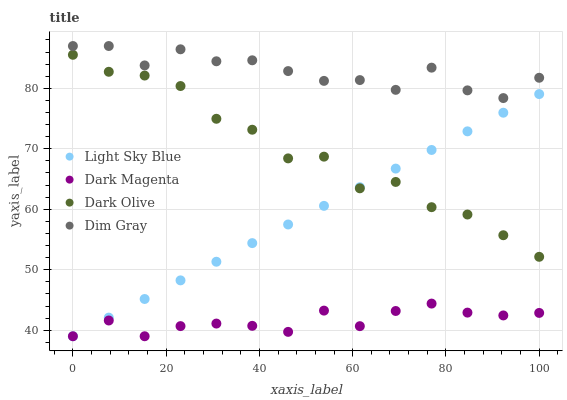
| xaxis_label | Light Sky Blue | Dark Magenta | Dark Olive | Dim Gray |
 | --- | --- | --- | --- | --- |
 | 0 | 39 | 39 | 85.5 | 87 |
 | 7.69 | 42.1 | 41.6 | 82.7 | 87 |
 | 15.4 | 45.2 | 39 | 82.1 | 83.8 |
 | 23.1 | 48.2 | 40.7 | 80.4 | 86.5 |
 | 30.8 | 51.3 | 41.1 | 75 | 84.5 |
 | 38.5 | 54.4 | 40.7 | 73.2 | 84.6 |
 | 46.2 | 57.5 | 39.7 | 68.4 | 82.9 |
 | 53.8 | 60.6 | 43.2 | 68.7 | 81.2 |
 | 61.5 | 63.6 | 40.7 | 63.5 | 81.4 |
 | 69.2 | 66.7 | 43.2 | 64.5 | 79.7 |
 | 76.9 | 69.8 | 44.4 | 60.3 | 83.4 |
 | 84.6 | 72.9 | 42.9 | 59.1 | 79.7 |
 | 92.3 | 76 | 42.4 | 55.7 | 78.4 |
 | 100 | 79 | 42.9 | 52.1 | 81.7 |